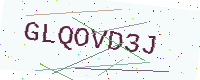
Text: GLQOVD3J